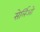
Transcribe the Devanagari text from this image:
सेर्लिओ